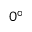
0 ^ { \circ }